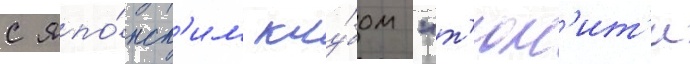
с япо́нск'им клу́бом "т'юн'ит'и